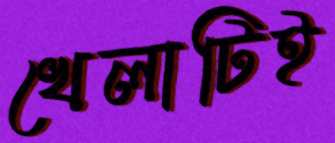
খেলাটিই